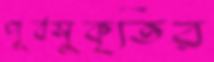
পূর্বসুকৃতির